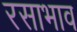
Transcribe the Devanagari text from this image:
रसाभाव